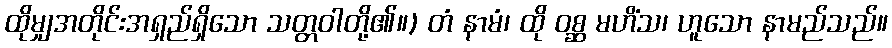
ထိုမျှအတိုင်းအရှည်ရှိသော သတ္တဝါတို့၏။) တံ နာမံ၊ ထို ဝစ္ဆ မဟိံသ၊ ဟူသော နာမည်သည်။